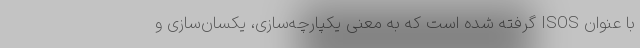
با عنوان ISOS گرفته شده است که به معنی یکپارچه‌سازی، یکسان‌سازی و